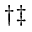
^ { \dagger \ddagger }